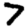
Digit: 7